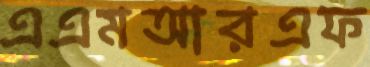
এএমআরএফ